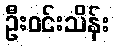
ဦးဝင်းသိန်း